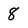
Character: 8